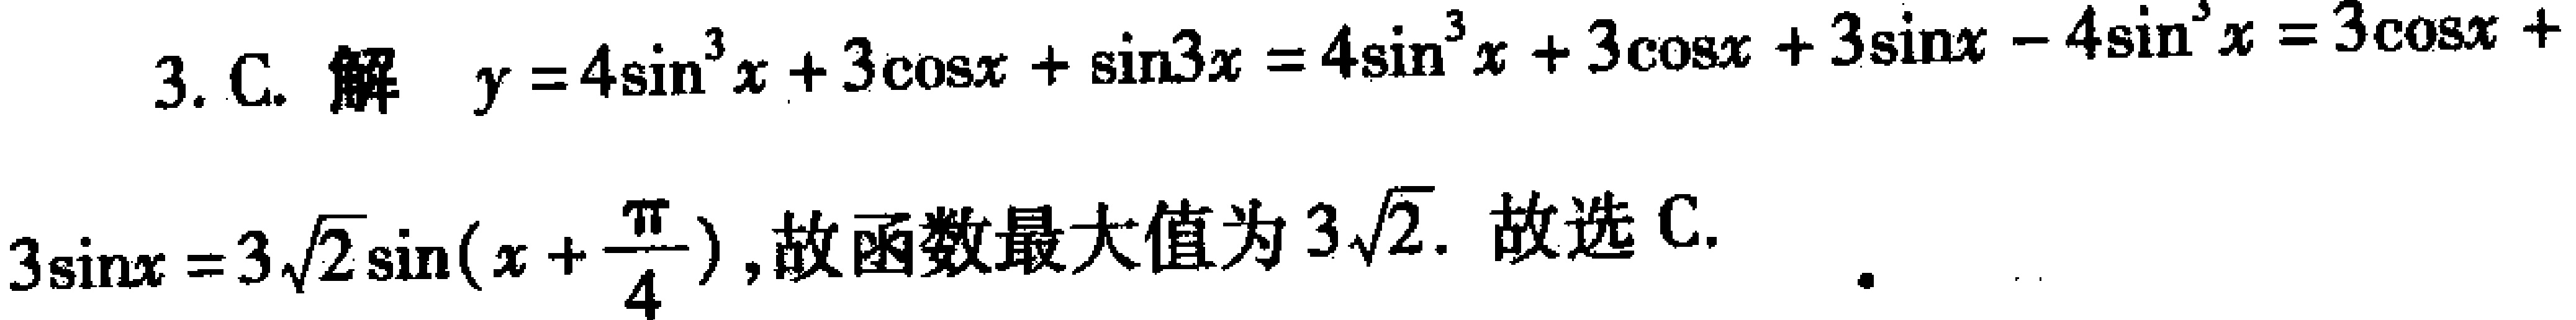
3. C. 解 \(y = 4\sin^{3}x + 3\cos x+\sin3x=4\sin^{3}x + 3\cos x + 3\sin x-4\sin^{3}x=3\cos x + 3\sin x=3\sqrt{2}\sin(x + \frac{\pi}{4})\)，故函数最大值为 \(3\sqrt{2}\). 故选 C.